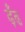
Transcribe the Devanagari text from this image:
ढ़ूँढ